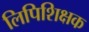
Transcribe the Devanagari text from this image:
लिपिशिक्षक